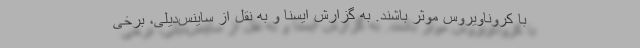
با کروناویروس موثر باشند. به گزارش ایسنا و به نقل از ساینس‌دیلی، برخی